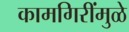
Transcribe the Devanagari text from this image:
कामगिरींमुळे